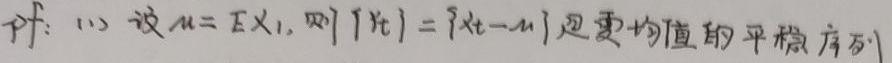
pf: 1) 设$\mu = E X_{1}$, 则$\{Y_{t}\}=\{X_{t}-\mu\}$是零均值的平稳序列